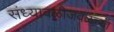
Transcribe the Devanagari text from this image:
संध्यावळीजवळच्या